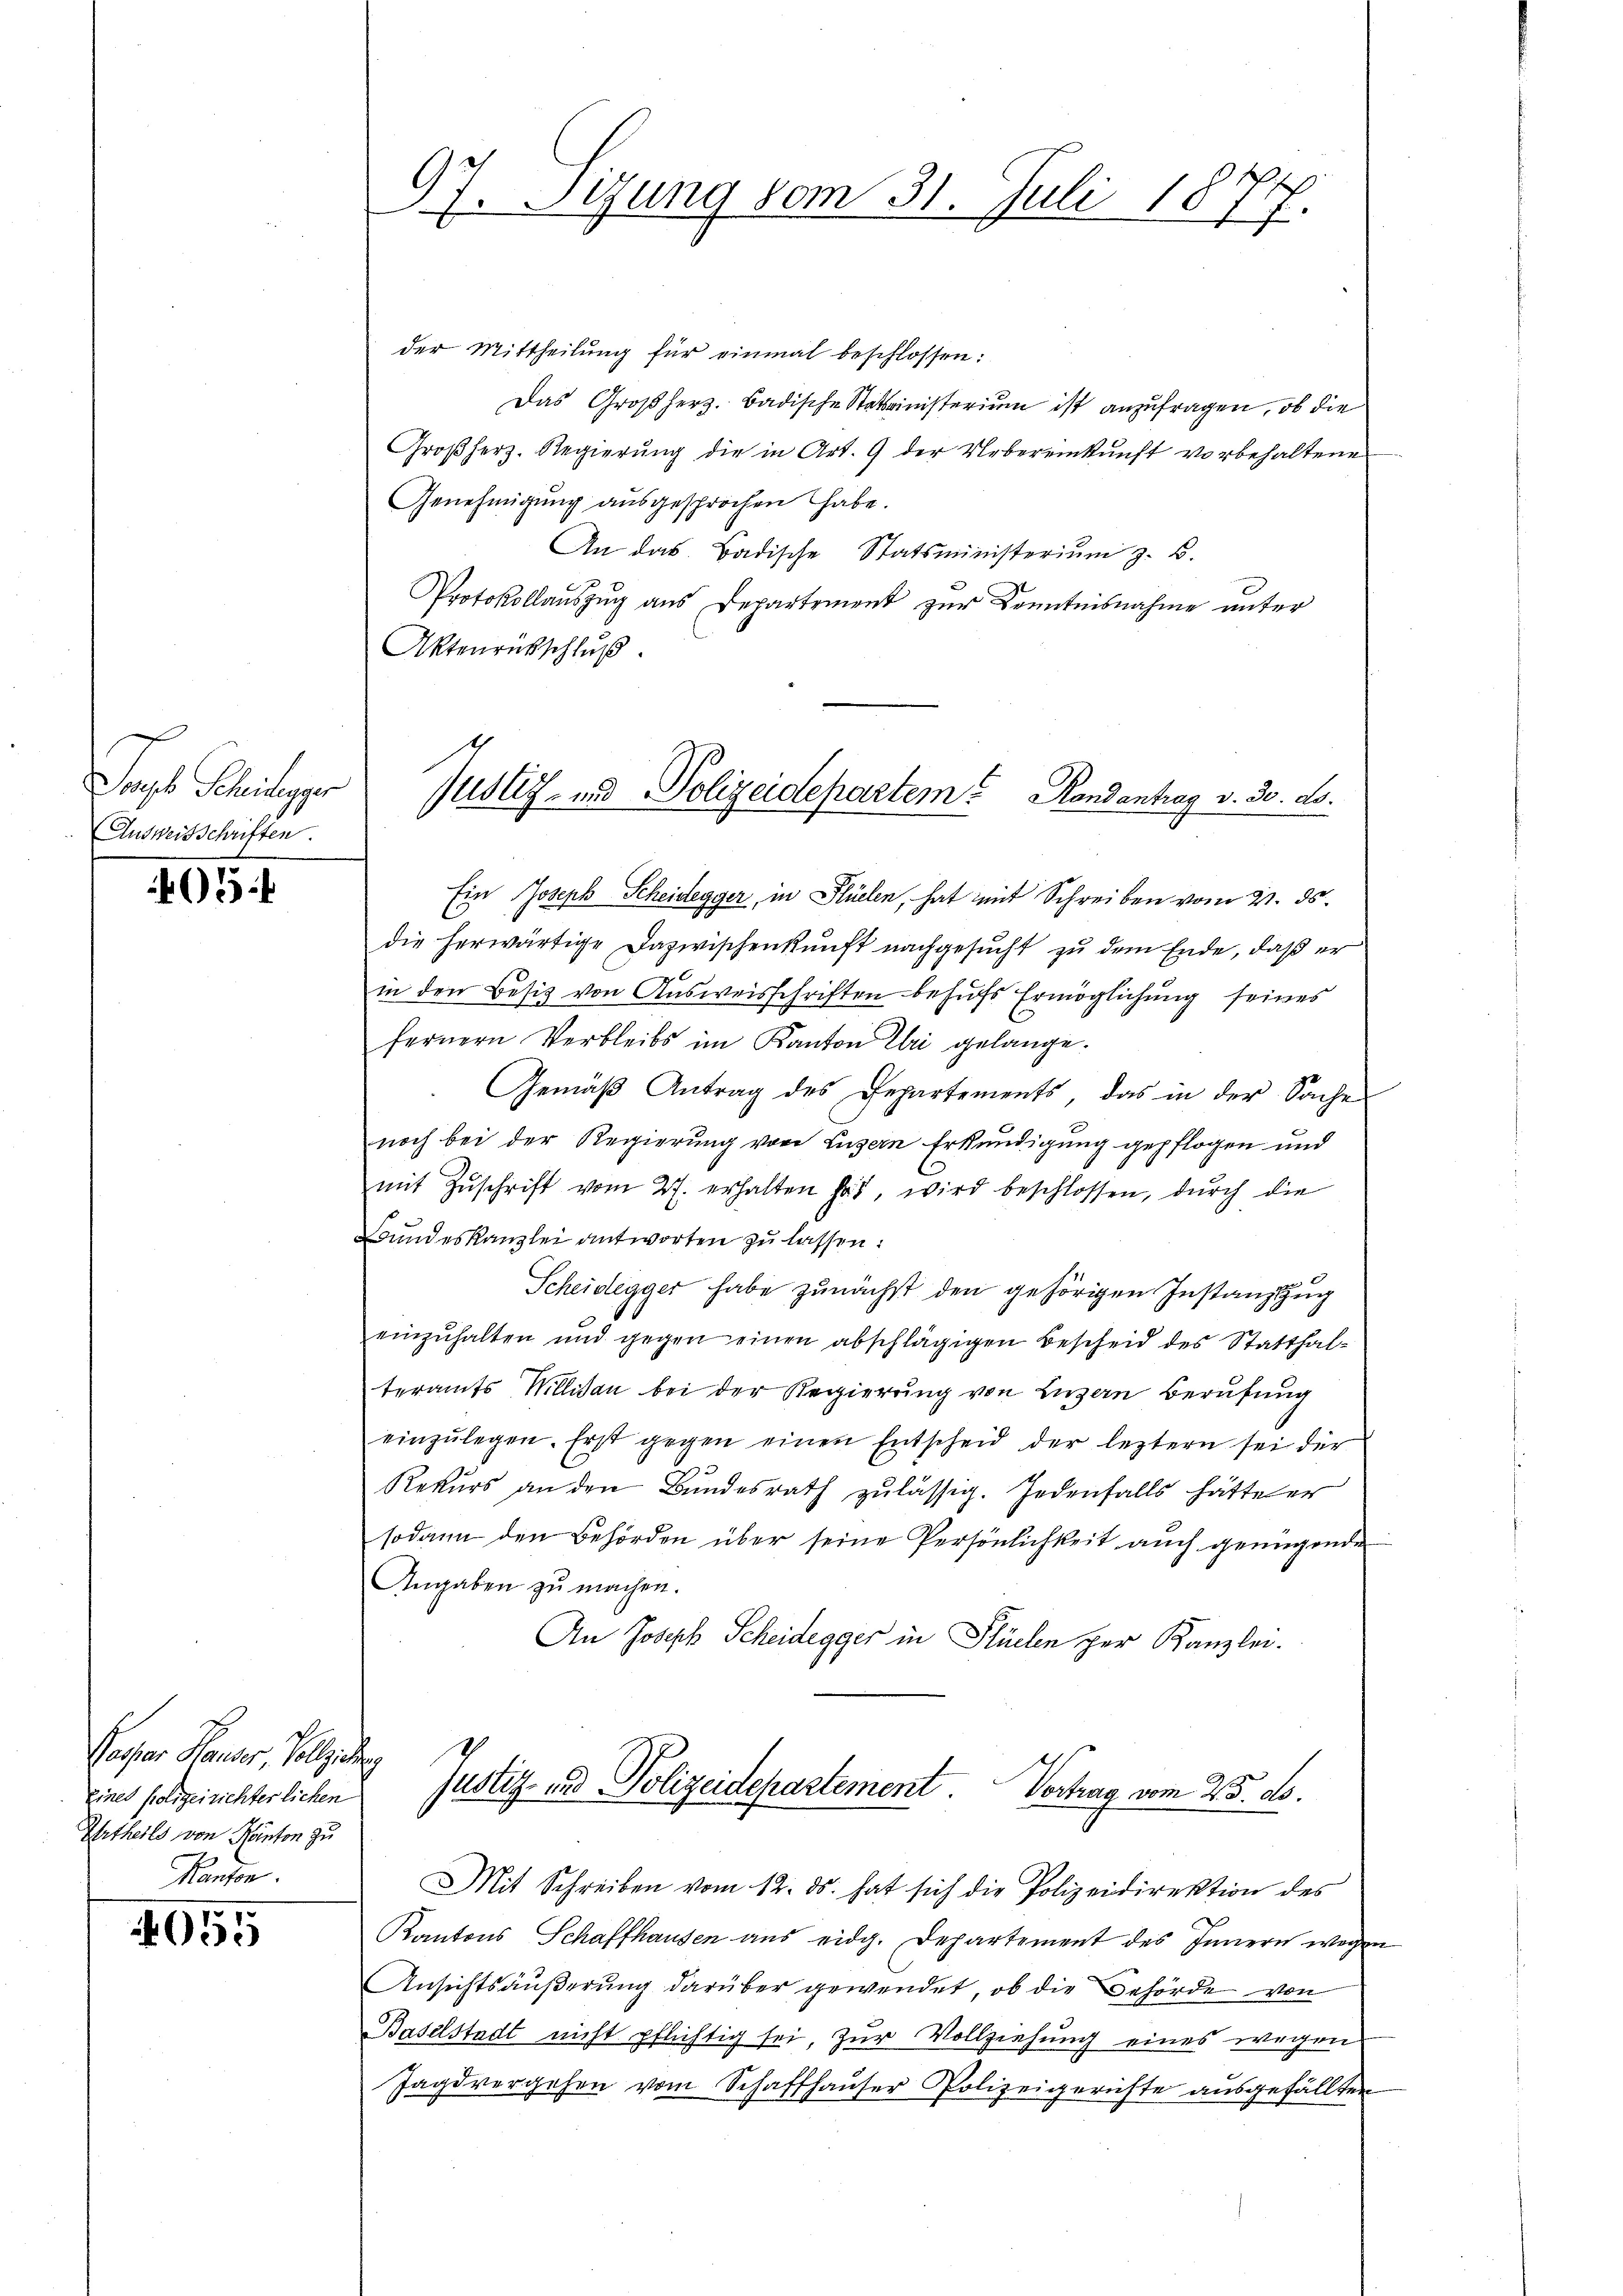
Tagb. Scheiniger
Andweisschriften.

405:

Rooser Hauser Vollziehung
eines Polizeirichterlichen
Urtheils von Kanton zu
Kanton.

055

97. Sizung vom 31. Juli 187

der Mittheilung für einmal beschlossen:
Das Großherz. Badische Statinisterium ist anzufragen, ob die
Großherz- Regierung die in Art. 9 der Uebereinkunft vorbehaltene
Genehmigung ausgesprochen habe.
An das Badische Statsministerium z. B.
Protokollaŭszŭg ans Departement zŭr Kenntnisnahme unter
Aktenrückschluß
Ein Joseph Scheidegger, in Flüelen, hat mit Schreiben vom 21. ds.
die herwärtige Dazwischenkunft nachgesucht zu dem Ende, daß er
in den Besitz von Ausweisschriften behufs Ermöglichung seines
fernern Verbleibs im Kanton Ehri gelange.
Gemäβ Antrag des Departements, das in der Sache
noch bei der Regierung von Luzern Erkundigung gepflogen und
mit Zŭschrift vom 27. erhalten hat, wird beschlossen, durch die
Bundeskanzlei antworten zu lassen:
Scheidegger habe zunächst den gehörigen Instanzzug
einzuhalten und gegen einen abschlägigen Bescheid des Statthalteramts Willisau bei der Regierung von Luzern Berufung
einzŭlegen. Erst gegen einen Entscheid der leztern sei der
Rekurs an den Bundesrath zulässig. Jedenfalls hätte er
sodann den Behörden über seine Persönlichkeit auch genügende
Angaben zu machen.
An Joseph Scheidegger in Stücken zur Kanzlei.
Justiz- und Polizeidepartement Vortrag vom 25. ds.
Mit Schreiben vom 12. ds. hat sich die Polizeidirektion des
Kantons Schaffhausen aus eidg. Departement des Innern wegen
Ansichtsäußerung darüber gewendet, ob die Behörde von
Baselstadt nicht pflichtig sei, zur Vollziehung eines wegen
Jagd vergehen vom Schaffhauser Polizeigerichte ausgefällten

Justiz- und Polizeidepartem Handantrag v. 30. ds.